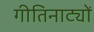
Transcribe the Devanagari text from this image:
गीतिनाट्यों